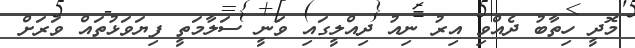
މޮދީ ހިތާބު ދެއްވި އިރު ނިއު ދިއްލީގައި ވަނީ ސަލާމަތީ ފިޔަވަޅުތައް ވަރަށް